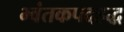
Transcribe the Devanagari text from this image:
भ्वंतकपदहद्ध